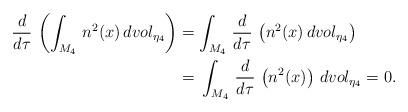
LaTeX: \begin{align*}\frac{d}{d\tau} \,\left(\int_{M_4}\,n^2(x)\,dvol_{{\eta}_4}\right) &=\int_{M_4}\,\frac{d}{d\tau} \,\left(n^2(x)\,dvol_{{\eta}_4}\right)\\& =\,\int_{M_4}\,\frac{d}{d\tau} \,\left(n^2(x)\right)\,dvol_{{\eta}_4}=0.\end{align*}